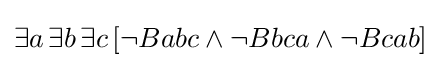
\exists a\,\exists b\,\exists c\,[\neg Babc\land \neg Bbca\land \neg Bcab]